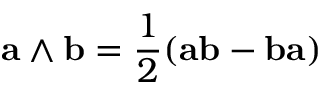
\mathbf { a } \wedge \mathbf { b } = { \frac { 1 } { 2 } } ( \mathbf { a b } - \mathbf { b a } )